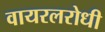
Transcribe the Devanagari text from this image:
वायरलरोधी